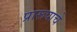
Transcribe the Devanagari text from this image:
प्रारूपाचे